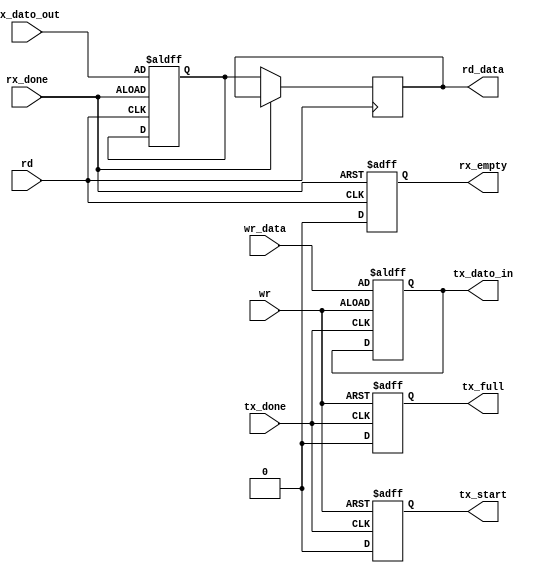
`timescale 1ns / 1ps
//////////////////////////////////////////////////////////////////////////////////
// Company: 
// Engineer: 
// 
// Design Name: 
// Module Name:    Interface_circuit 
// Project Name: 
// Target Devices: 
// Tool versions: 
// Description: 
//
// Dependencies: 
//
// Revision: 
// Revision 0.01 - File Created
// Additional Comments: 
//
//////////////////////////////////////////////////////////////////////////////////

`define D_BIT 7 //Por ser de 0 a 7 son 8 bits.

module Interface_circuit(input wr,
						input [`D_BIT:0] wr_data, //Lo que se quiere transmitir por TX
						input rd,
						input [`D_BIT:0] rx_dato_out, //Recibido desde RX
						input rx_done,
						input tx_done,
						output reg [`D_BIT:0] rd_data, //Lo que se leyo desde RX
						output reg rx_empty,
						output reg [`D_BIT:0] tx_dato_in, //Enviado a TX
						output reg tx_start,
						output reg tx_full
    );

	reg [`D_BIT:0] buff_rx; //Buffer de una palabra.
	//reg [`D_BIT:0] buff_tx;	
	
/*	always @ (posedge rx_done)
	begin	
		buffer_rx = rx_dato_out; 
		rx_empty = 1; //Hay dato en buffer.				
	end
	
	always @ (posedge rd)
	begin
		rd_data = buffer_rx;
		rx_empty = 0; //No hay dato en buffer.
	end*/

	always @ (posedge rx_done, posedge rd)
	begin
		if(rx_done == 1)
		begin 	
			buff_rx = rx_dato_out; 
			rd_data = rd_data;
			rx_empty = 1; //Hay dato en buffer.				
		end
		else
		begin
			buff_rx = buff_rx;
			rd_data = buff_rx;
			rx_empty = 0;
		end
	end

		
	always @ (posedge wr, posedge tx_done)
	begin
		if (wr == 1)
			begin
				//buff_tx = wr_data;
				tx_dato_in = wr_data;
				tx_full = 1; //El buffer de transmision esta lleno.
				tx_start = 1;
			end
		else
			begin
				tx_dato_in = tx_dato_in;
				tx_full = 0; //El buffer de transmision esta vacio.
				tx_start = 0;
			end
	end
endmodule